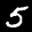
Label: 5